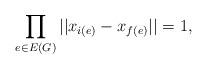
LaTeX: \begin{align*}\prod_{e\in E(G)} || x_{i(e)} - x_{f(e)}||=1,\end{align*}